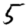
Digit: 5